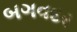
બગવદર